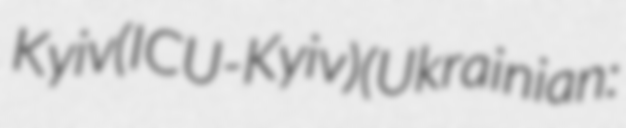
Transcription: Kyiv (ICU-Kyiv) (Ukrainian: